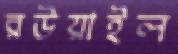
রউয়াইল